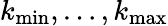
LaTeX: k_{\operatorname*{min}},\ldots,k_{\operatorname*{max}}